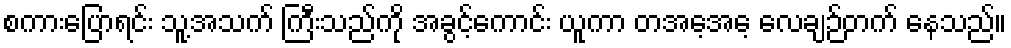
စကားပြောရင်း သူ့အသက် ကြီးသည်ကို အခွင့်ကောင်း ယူကာ တအေ့အေ့ လေချဉ်တက် နေသည်။